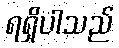
ရရှိပါသည်